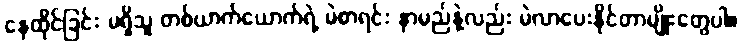
နေထိုင်ခြင်း မရှိသူ တစ်ယာက်ယောက်ရဲ့ မဲစာရင်း နာမည်နဲ့လည်း မဲလာပေးနိုင်တာမျိုးတွေပါ။